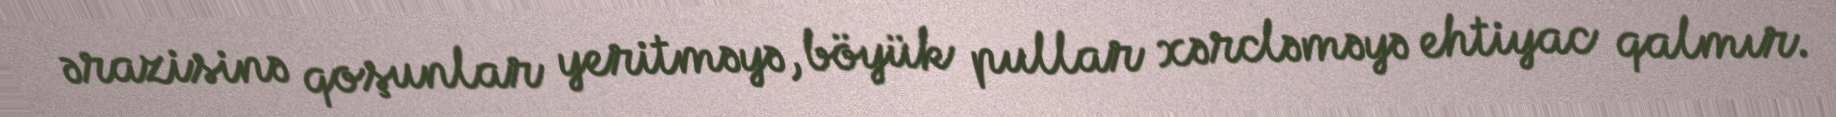
ərazisinə qoşunlar yeritməyə, böyük pullar xərcləməyə ehtiyac qalmır.